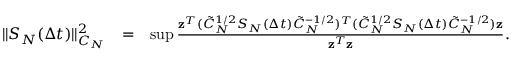
\begin{array} { r l r } { \| S _ { N } ( \Delta t ) \| _ { C _ { N } } ^ { 2 } } & { = } & { \operatorname* { s u p } \frac { { \bf z } ^ { T } ( \tilde { C } _ { N } ^ { 1 / 2 } S _ { N } ( \Delta t ) \tilde { C } _ { N } ^ { - 1 / 2 } ) ^ { T } ( \tilde { C } _ { N } ^ { 1 / 2 } S _ { N } ( \Delta t ) \tilde { C } _ { N } ^ { - 1 / 2 } ) { \bf z } } { { \bf z } ^ { T } { \bf z } } . } \end{array}